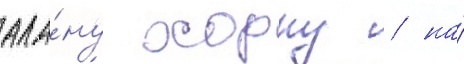
ала́ну хорну / на́